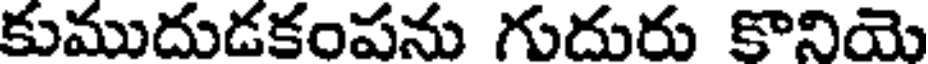
కుముదుడకంపను గుదురు కొనియె